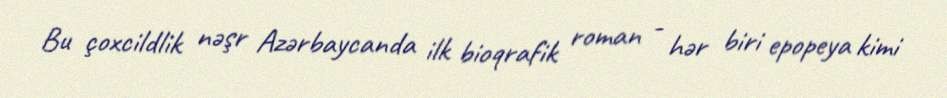
Bu çoxcildlik nəşr Azərbaycanda ilk bioqrafik roman - hər biri epopeya kimi